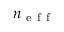
n _ { \mathrm { ~ e ~ f ~ f ~ } }